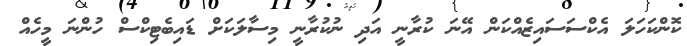
ކޮންކަހަލަ އެކްސަސައިޒެއްކަން އޭނަ ކުރާނީ އަދި ނުކުރާނީ މިސާލަކަށް ޑައިބެޓިކްސް ހުންނަ މީހެއް